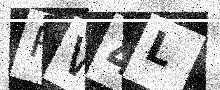
Text: RW4L